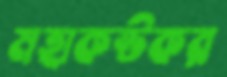
মহাকষ্টকর